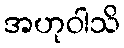
အဟုဝါသိ